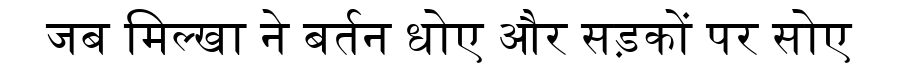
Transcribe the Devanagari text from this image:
जब मिल्खा ने बर्तन धोए और सड़कों पर सोए